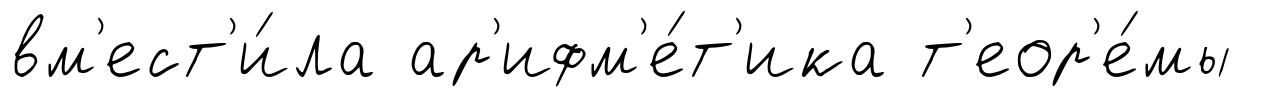
вм'ест'и́ла ар'ифм'е́т'ика т'еор'е́мы